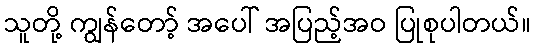
သူတို့ ကျွန်တော့် အပေါ် အပြည့်အဝ ပြုစုပါတယ်။